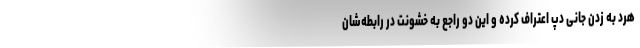
هرد به زدن جانی دپ اعتراف کرده و این دو راجع به خشونت در رابطه‌شان